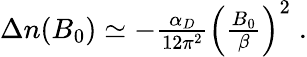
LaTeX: \begin{array}{r}{\Delta n(B_{0})\simeq-\frac{\alpha_{D}}{12\pi^{2}}\left(\frac{B_{0}}{\beta}\right)^{2}\; .}\end{array}